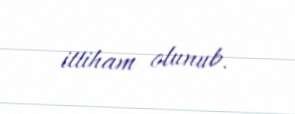
ittiham olunub.